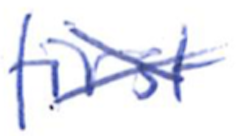
Text: first
Cross-out: cross
Writing tool: ballpoint